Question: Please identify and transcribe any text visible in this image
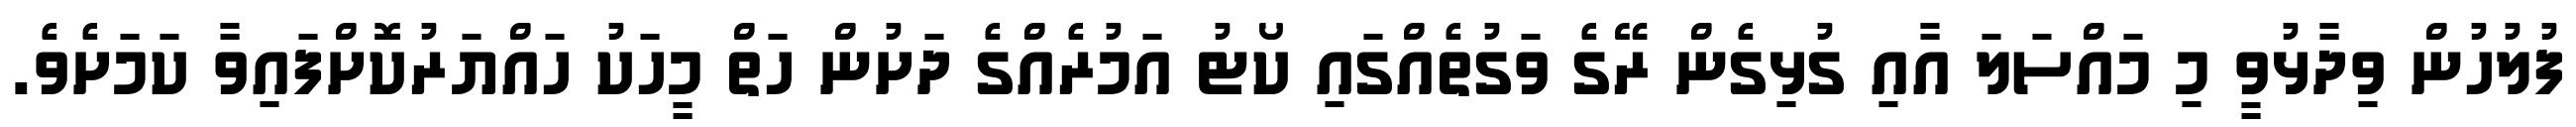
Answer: ފުލުހުން ވިދާޅުވީ މި މައްސަލަ އާއި ގުޅިގެން ރޭގެ ވަގުތެއްގައި ކޯޓު އަމުރެއްގެ ދަށުން ހަތް މީހަކު ހައްޔަރުކޮށްފައިވާ ކަމަށެވެ.